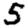
Digit: 5